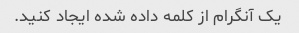
یک آنگرام از کلمه داده شده ایجاد کنید.